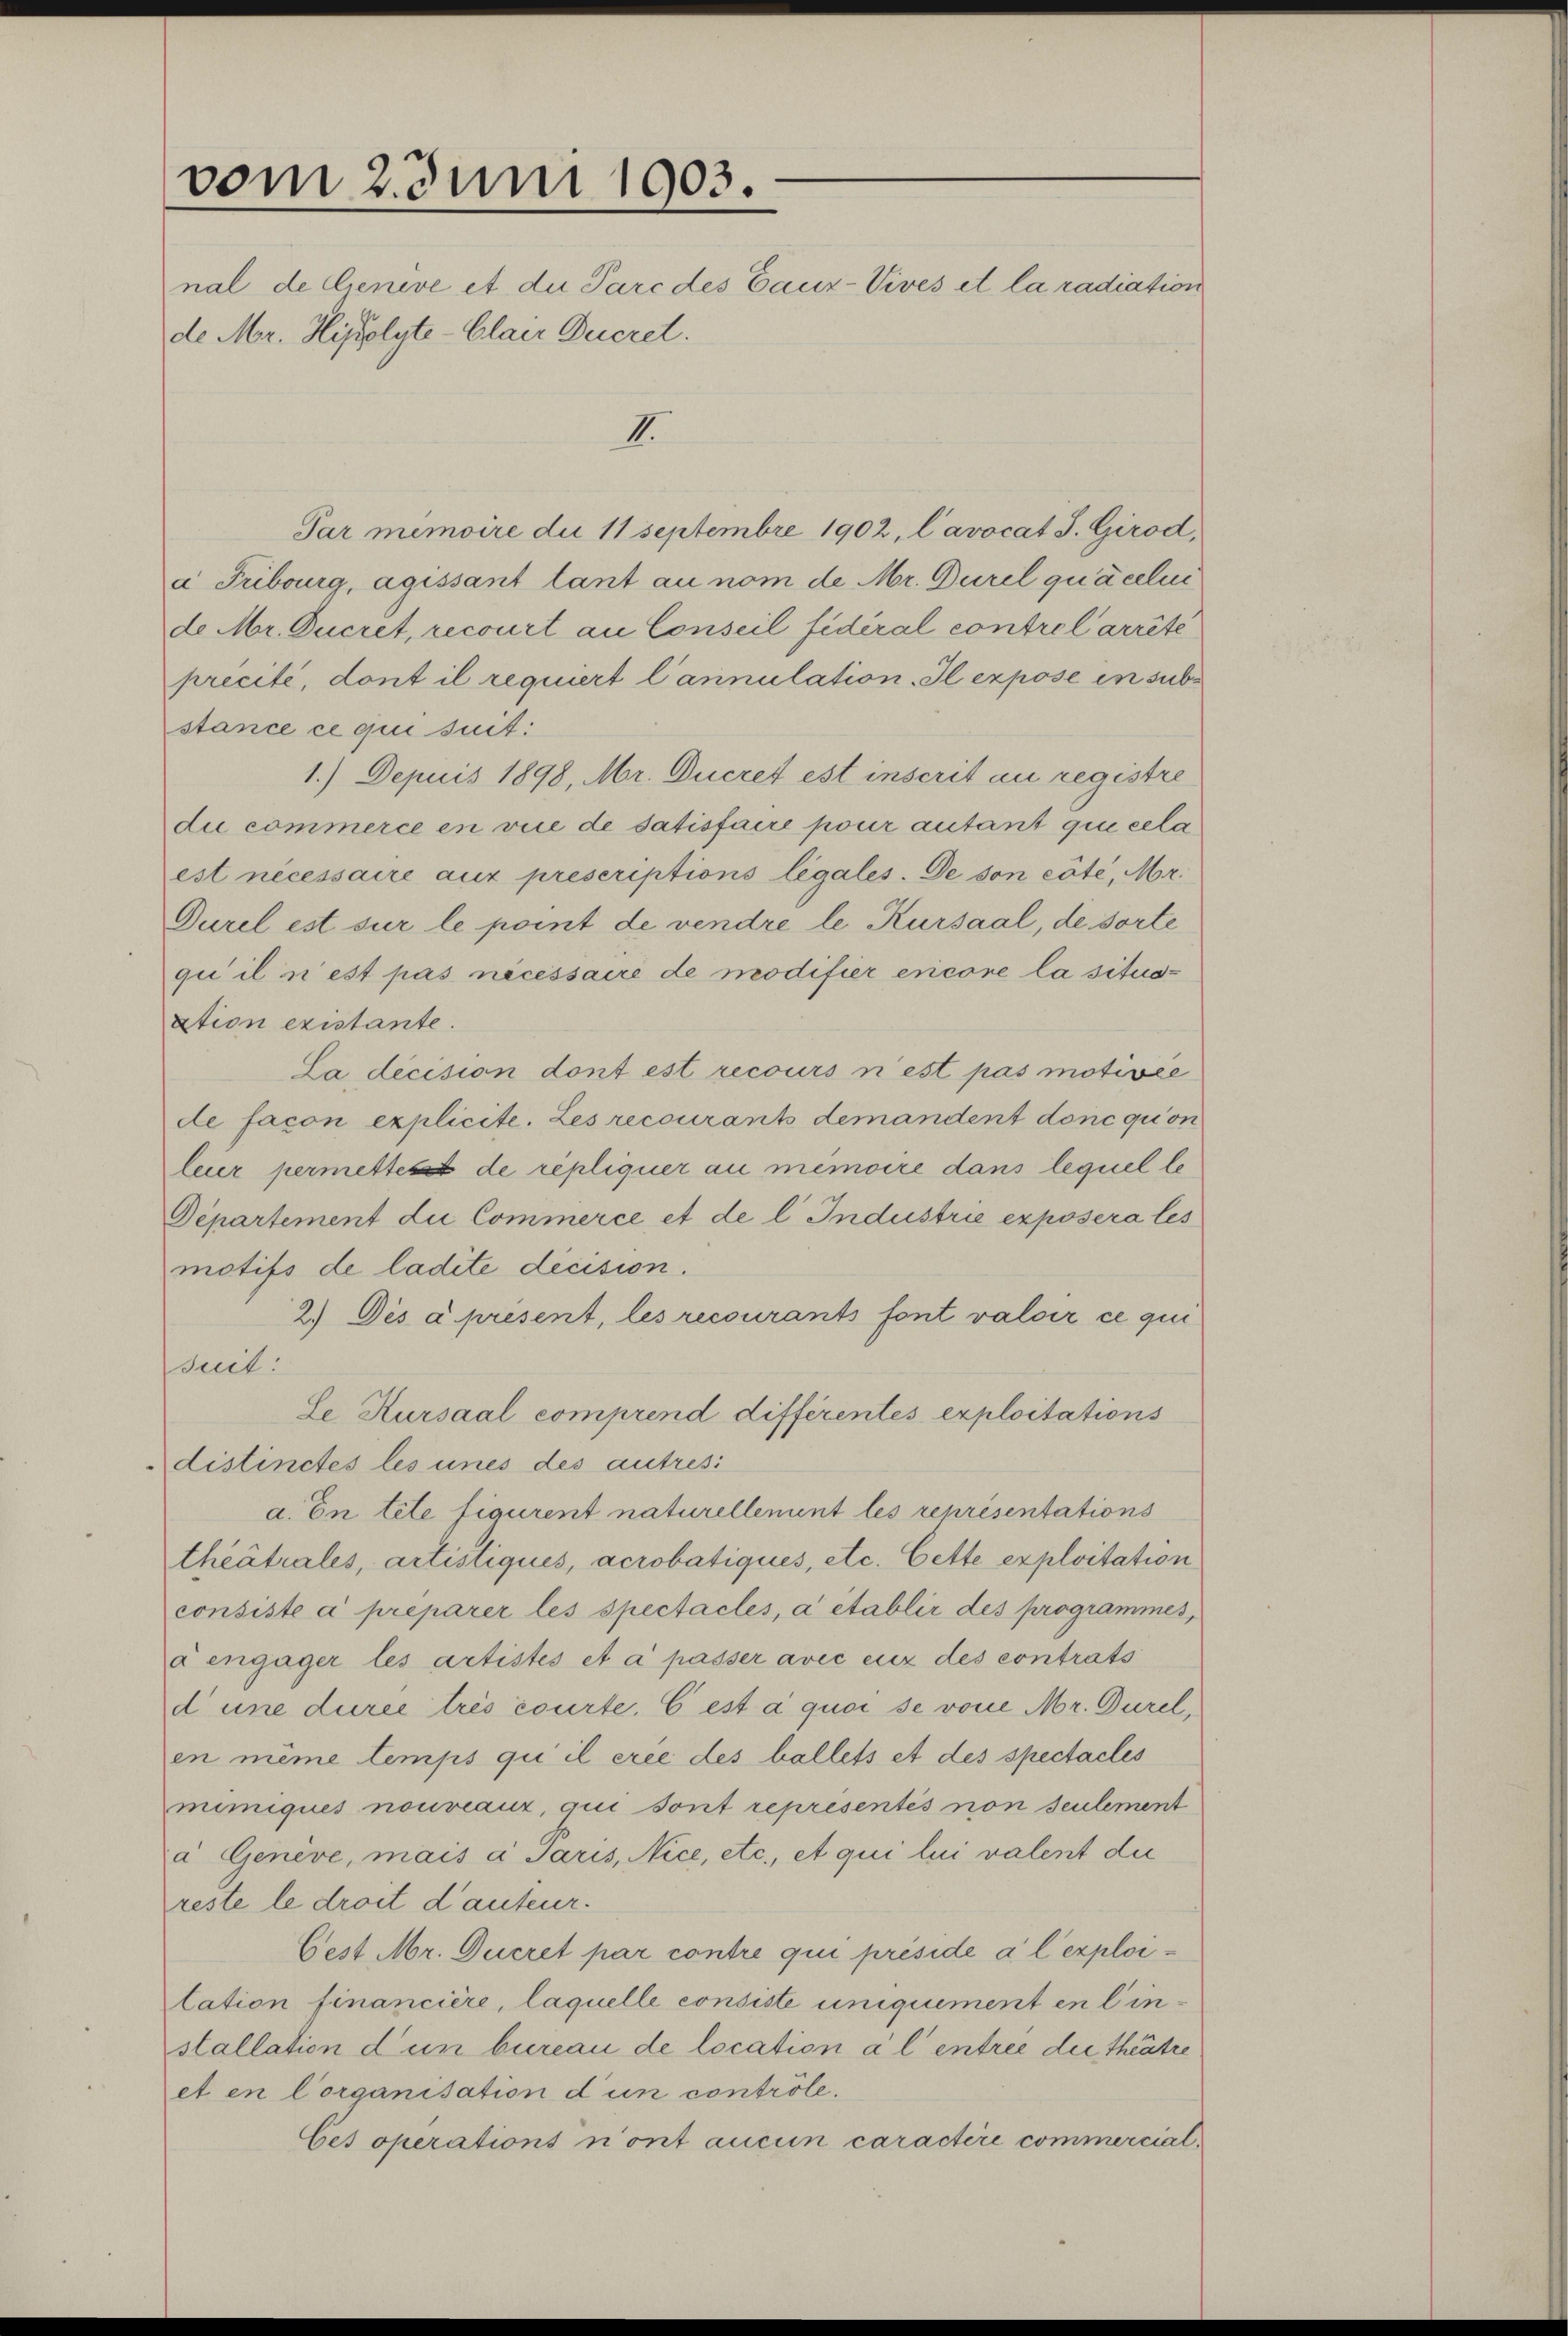
vom 2. Juni 1903.
nal de Cenive et die Parc des Cauz-Vives et la radiation
de Mr. Hiselyte-Clair Ducrel.

II.
Par memoire du 11 Septembre 1902, l’avocat J. Girod,
à Fribourg, agissant tant au nom de Mr. Durel quäcelen
de Mr. Ducret, recourt au Conseil fidéral contrel arrête
precité, dont il requiert l’annulation. Il expose in sub
stance ce qui suit:
1.) Depuis 1898, Mr. Ducret est inscrit au registre
due commerce en vice de satisfaire pour autant qui cela
est nécessaire aux prescriptions légales. De son côté, Mr.
Durel est sur le point de vendre le Kursaal, de sorte
qui il n’est pas nécessaire de modifier encore la situs-
ation existante.
La decision dont est recours n’est pas motivie
de facon explicite. Les recourants demandent donc quon
leur permette de repliquer au memoire dans lequel le
Departement die Commerce et de l. Industrie exposera les
motifs de ladite dicision.
2.) Des a present, les recourants font valoir ce qui
suit:
Se Kursaal comprend différentes exploitations
distinctes les unes des autresi
a. En tete figurent naturellement les représentations
theatrales, artistiqués, acrobatiques, etc. Cette exploitation
consiste a preparer les spectacles, a établir des programmes,
Fengager les artistes et a passer avec euz des contrats
d une durée trés courte, C est à quoi se von Mr. Durel,
en même temps qui il erie des ballets et des spectacles
mimiques nouveaux, qui sont représentis non seulement
a Genève, mais a Paris, Nice, etc., et qui lui valent die
reste le droit d’auteur.
Cest Mr. Ducret par contre qui préside al exploilation financiere, laquelle consiste uniquement en linstallation d’un bureau de location à l’entree die thätre
et en Corganisation d’un contrôle.
Ces operations n’ont aucun caractire commercial¬